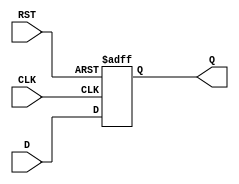
//D-flipflop
module dff(CLK, RST, D, Q);
input CLK, RST, D;
output Q;
reg Q;//

//always@
//positive edge 0
always @(posedge CLK or posedge RST) begin
    if(RST == 1'b1)begin
        Q <= 1'b0; //QQ0
    end else begin //
        Q <= D;
    end
end

endmodule